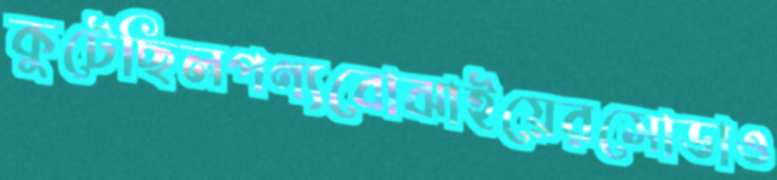
কুটেছিলপণ্যবোঝাইয়েরসোডাও